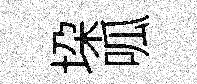
垜呱